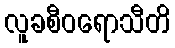
လူခစီဝရောသီတိ